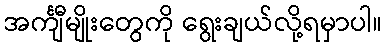
အင်္ကျီမျိုးတွေကို ရွေးချယ်လို့ရမှာပါ။